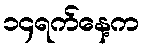
၁၄ရက်နေ့က